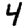
Digit: 4